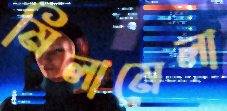
মিলামেলা